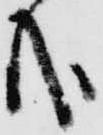
哉